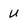
Character: u